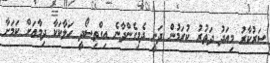
ސަރުކާރު މިއަދު ދަތުރު ކުރަމުން ދަނީ ދެމިގެންދާނެ އިގްތިސޯދީ ހަލާކަކާ ދިމާއަށް ކަމަަަށާ